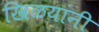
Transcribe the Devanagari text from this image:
खिळयांनी